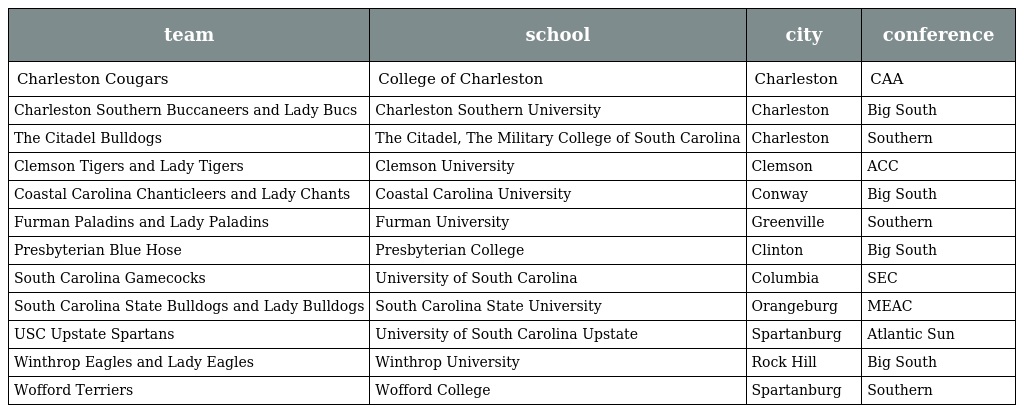
| team | school | city | conference |
 | --- | --- | --- | --- |
 | Charleston Cougars | College of Charleston | Charleston | CAA |
 | Charleston Southern Buccaneers and Lady Bucs | Charleston Southern University | Charleston | Big South |
 | The Citadel Bulldogs | The Citadel, The Military College of South Carolina | Charleston | Southern |
 | Clemson Tigers and Lady Tigers | Clemson University | Clemson | ACC |
 | Coastal Carolina Chanticleers and Lady Chants | Coastal Carolina University | Conway | Big South |
 | Furman Paladins and Lady Paladins | Furman University | Greenville | Southern |
 | Presbyterian Blue Hose | Presbyterian College | Clinton | Big South |
 | South Carolina Gamecocks | University of South Carolina | Columbia | SEC |
 | South Carolina State Bulldogs and Lady Bulldogs | South Carolina State University | Orangeburg | MEAC |
 | USC Upstate Spartans | University of South Carolina Upstate | Spartanburg | Atlantic Sun |
 | Winthrop Eagles and Lady Eagles | Winthrop University | Rock Hill | Big South |
 | Wofford Terriers | Wofford College | Spartanburg | Southern |